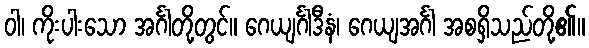
ဝါ၊ ကိုးပါးသော အင်္ဂါတို့တွင်။ ဂေယျင်္ဂါဒီနံ၊ ဂေယျအင်္ဂါ အစရှိသည်တို့၏။